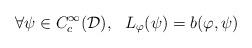
LaTeX: \begin{align*}\forall \psi \in C_c^{\infty}(\mathcal{D}), \ \ L_{\varphi}(\psi) = b(\varphi,\psi)\end{align*}